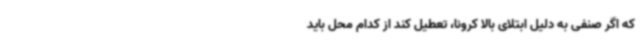
که اگر صنفی به دلیل ابتلای بالا کرونا، تعطیل کند از کدام محل باید